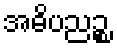
အဓိပညဉ္စ